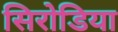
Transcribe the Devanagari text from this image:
सिरोडिया